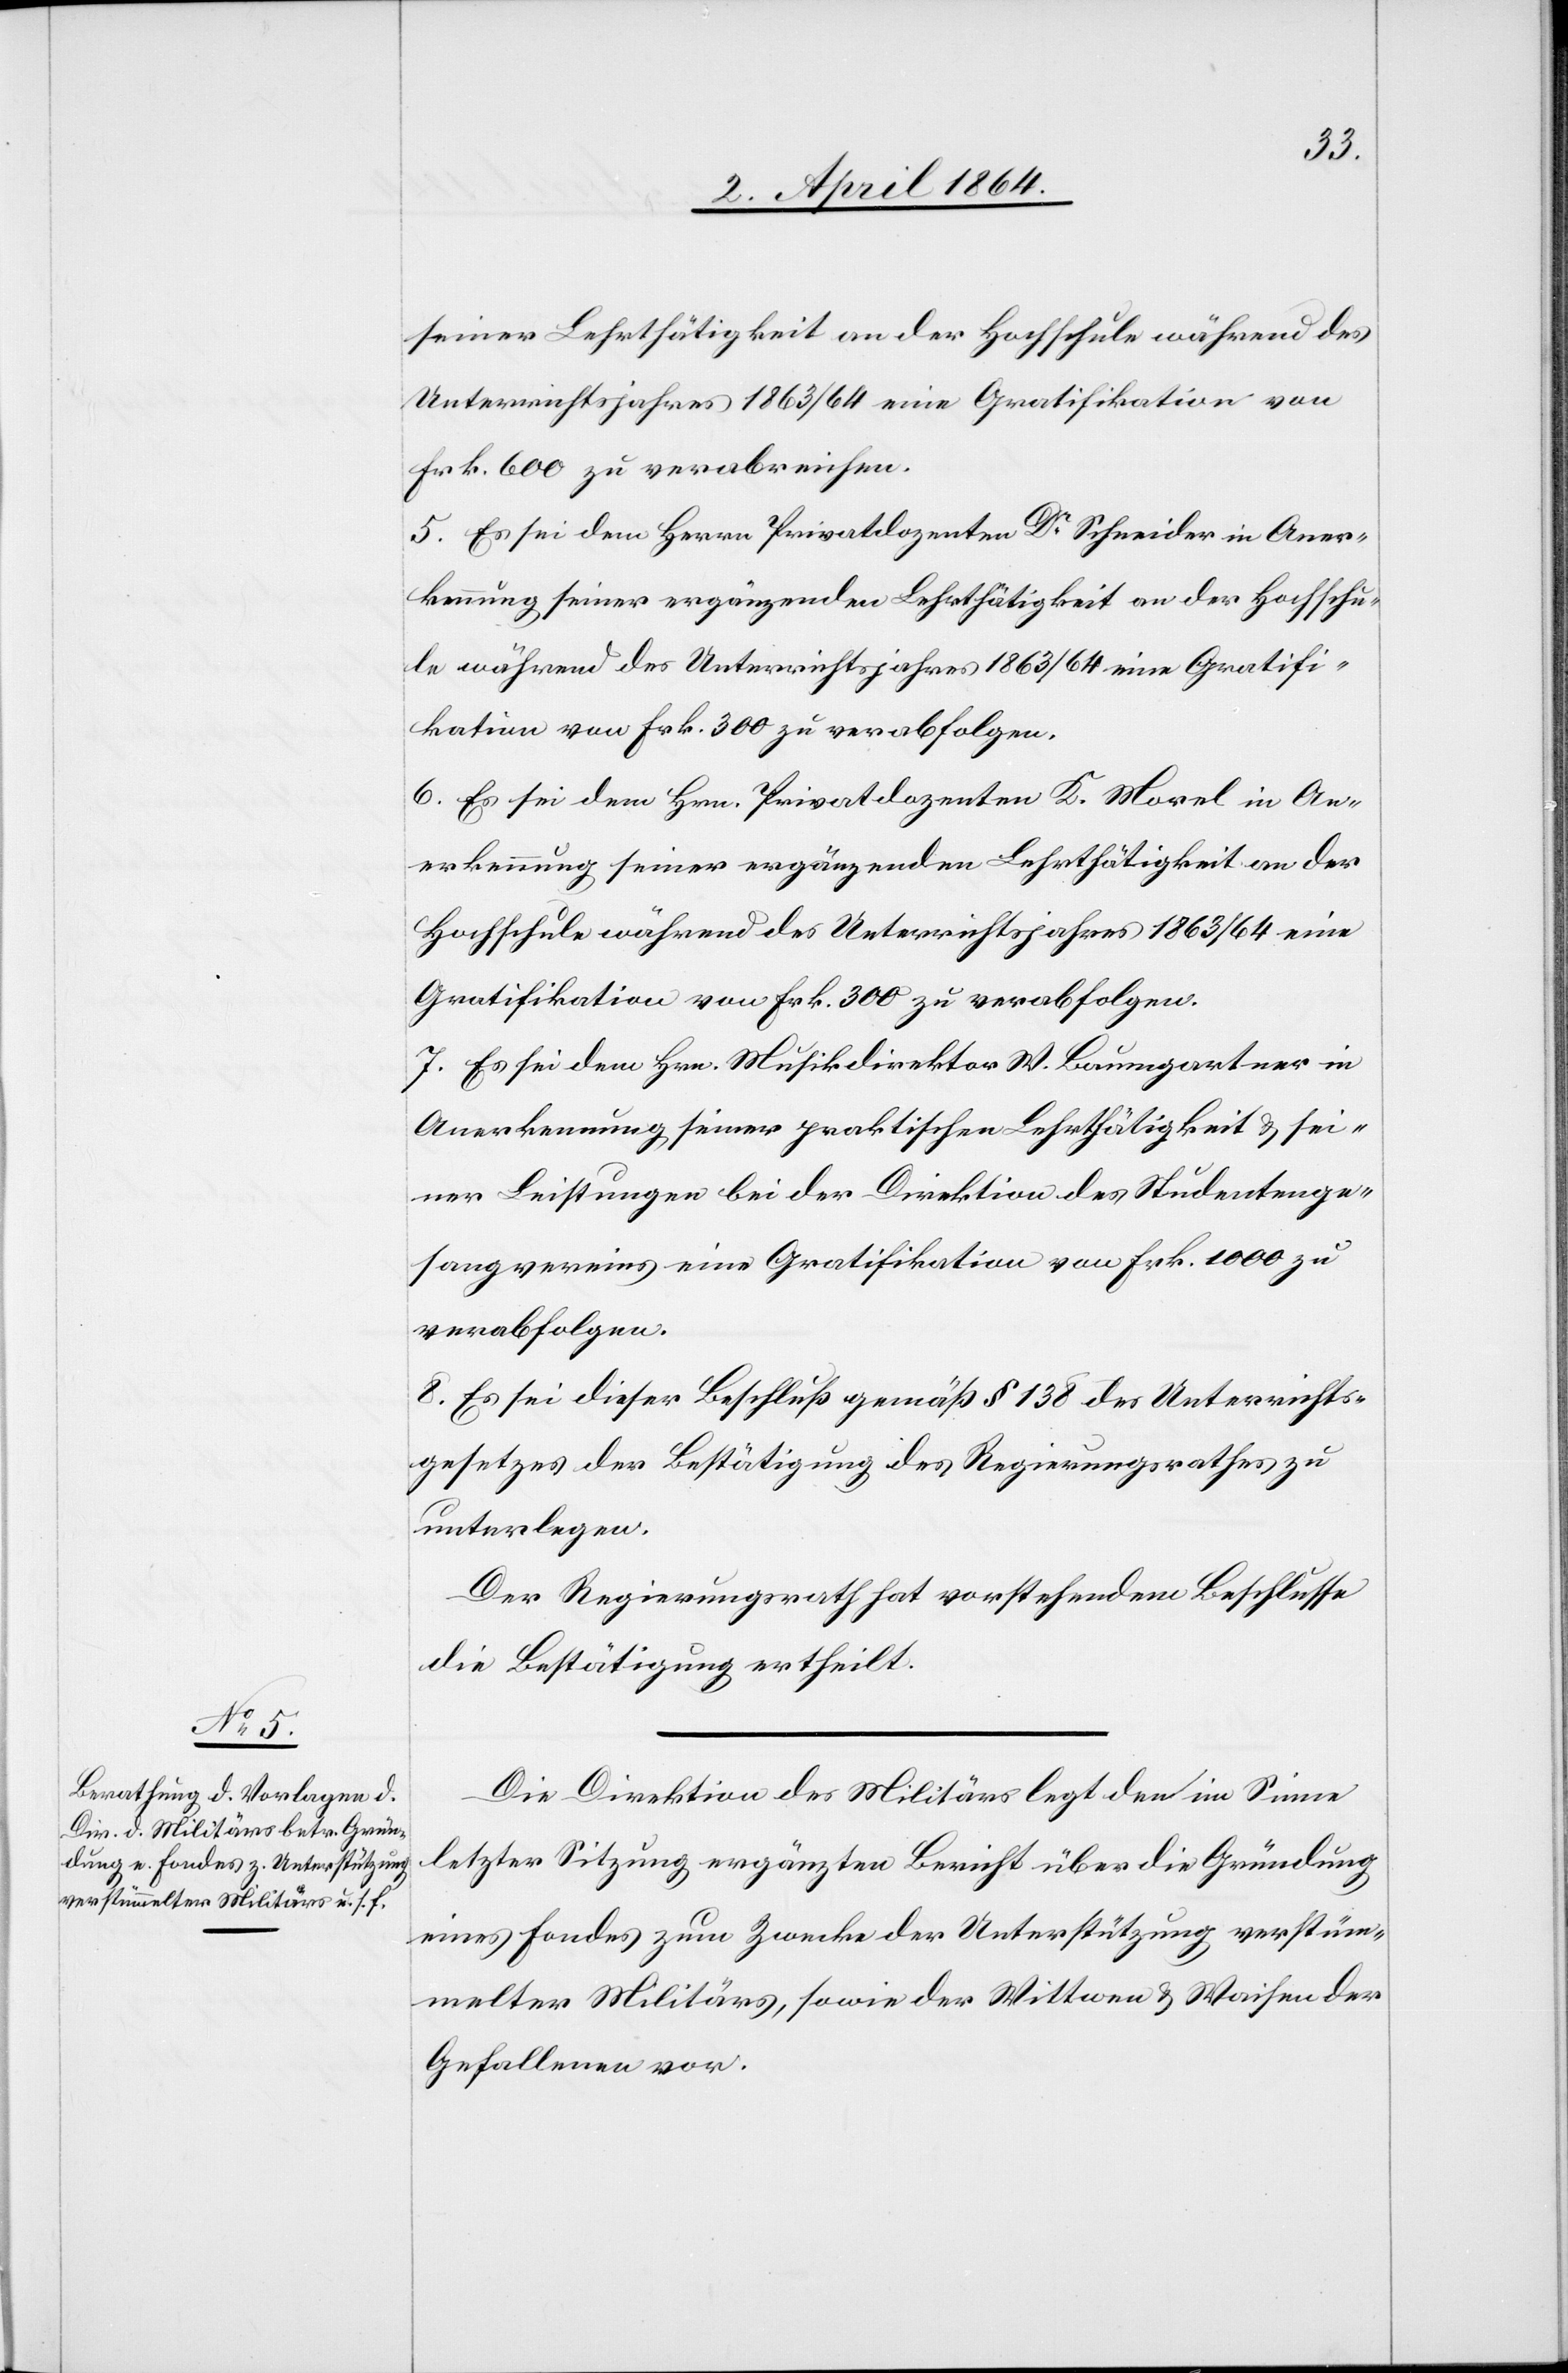
seiner Lehrthätigkeit an der Hochschule während des
Unterrichtsjahres 1863/64 eine Gratifikation von
Frk. 600 zu verabreichen.
5. Es sei dem Herrn Privatdozenten Dr Schneider in Aner¬
kennung seiner ergänzenden Lehrthätigkeit an der Hochschu¬
le während des Unterrichtsjahres 1863/64 eine Gratifi¬
kation von Frk. 300 zu verabfolgen.
6. Es sei dem Hrn. Privatdozenten K. Morel in An¬
erkennung seiner ergänzenden Lehrthätigkeit an der
Hochschule während des Unterrichtsjahres 1863/64 eine
Gratifikation von Frk. 300 zu verabfolgen.
7. Es sei dem Hrn. Musikdirektor W. Baumgartner in
Anerkennung seiner praktischen Lehrthätigkeit u. sei¬
ner Leistungen bei der Direktion des Studentenge¬
sangvereins eine Gratifikation von Frk. 1000 zu
verabfolgen.
8. Es sei dieser Beschluß gemäß § 138 des Unterrichts¬
gesetzes der Bestätigung des Regierungsrathes zu
unterlegen.
Der Regierungsrath hat vorstehendem Beschlusse
die Bestätigung ertheilt.
Die Direktion des Militärs legt den im Sinne
letzter Sitzung ergänzten Bericht über die Gründung
eines Fondes zum Zwecke der Unterstützung verstüm¬
melter Militärs, sowie der Wittwen u. Waisen der
Gefallenen vor.